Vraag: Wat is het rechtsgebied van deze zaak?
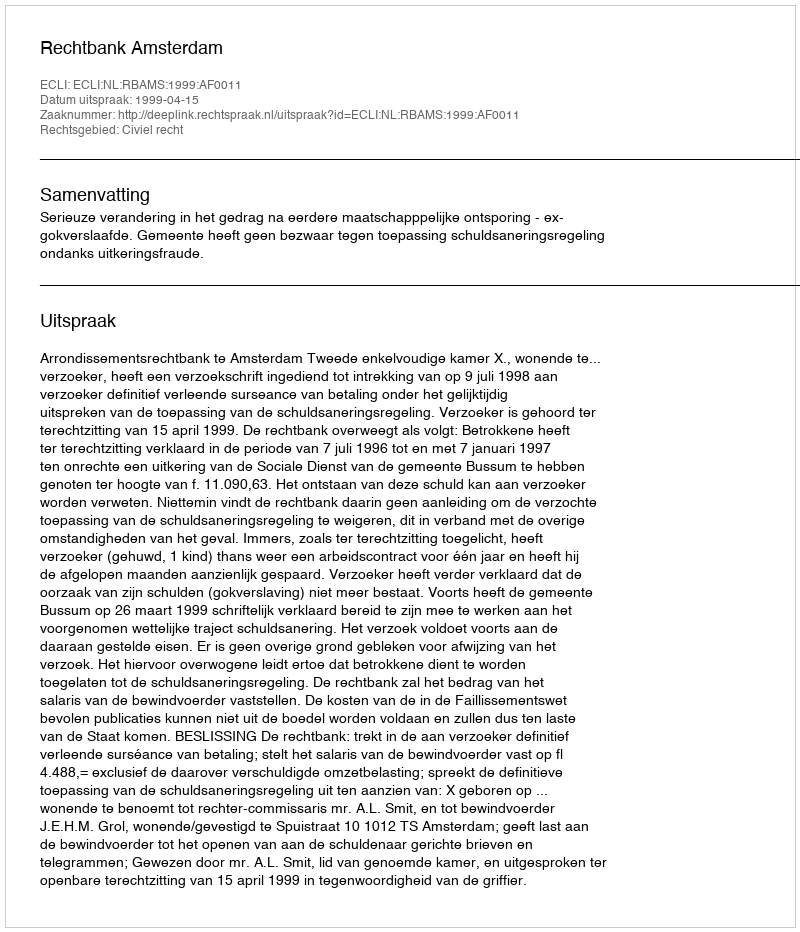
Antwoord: Civiel recht